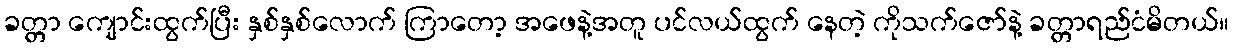
ခတ္တာ ကျောင်းထွက်ပြီး နှစ်နှစ်လောက် ကြာတော့ အဖေနဲ့အတူ ပင်လယ်ထွက် နေတဲ့ ကိုသက်ဇော်နဲ့ ခတ္တာရည်ငံမိတယ်။